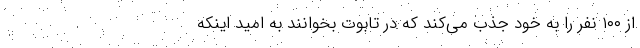
از ۱۰۰ نفر را به خود جذب می‌کند که در تابوت بخوانند به امید اینکه